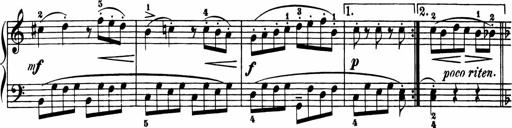
Title: 11 Sonatinas for Piano Solo
Composer: Anton Diabelli